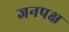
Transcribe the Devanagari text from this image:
जनपक्ष